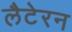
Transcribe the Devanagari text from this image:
लैटेरन